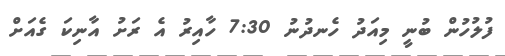
ފުލުހުން ބުނީ މިއަދު ހެނދުނު 7:30 ހާއިރު އެ ރަށު އާނިކަ ގެއަށް